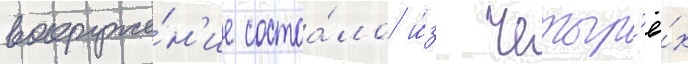
вооруже́н'ие состоа́ло и́з четыр'ё́х